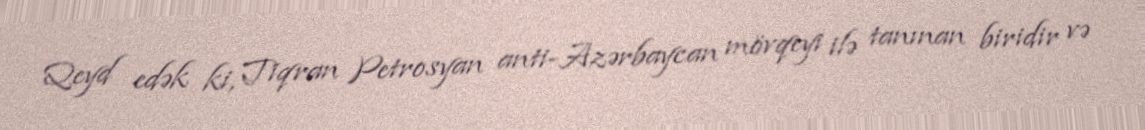
Qeyd edək ki, Tiqran Petrosyan anti-Azərbaycan mövqeyi ilə tanınan biridir və